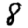
Digit: 8